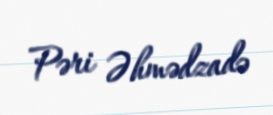
Pəri Əhmədzadə